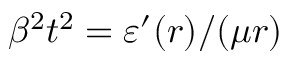
\beta ^ { 2 } t ^ { 2 } = \varepsilon ^ { \prime } ( r ) / ( \mu r )